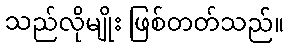
သည်လိုမျိုး ဖြစ်တတ်သည်။